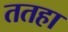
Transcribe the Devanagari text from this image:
ततहा